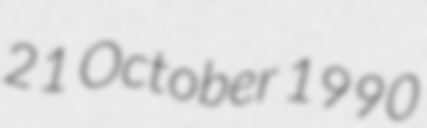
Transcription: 21 October 1990